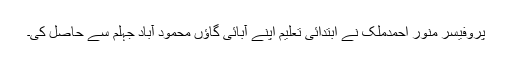
پروفیسر منور احمدملک نے ابتدائی تعلیم اپنے آبائی گاؤں محمود آباد جہلم سے حاصل کی۔